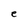
Character: e